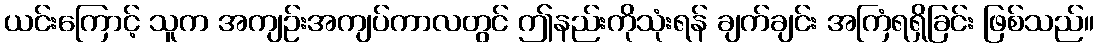
ယင်းကြောင့် သူက အကျဉ်းအကျပ်ကာလတွင် ဤနည်းကိုသုံးရန် ချက်ချင်း အကြံရရှိခြင်း ဖြစ်သည်။